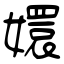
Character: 嬛